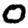
Digit: 0